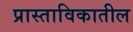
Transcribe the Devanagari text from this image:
प्रास्ताविकातील